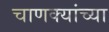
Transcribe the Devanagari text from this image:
चाणक्यांच्या